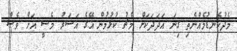
މެދުކެނޑުމެއްނެތި ގިނަ އަދަދަކަށް މެޗު ކުޅުމުން އޭގެ އަސަރު މެސީ އަށް ވެސް